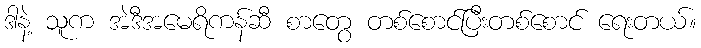
ဒါနဲ့ သူက အဲဒီအမေရိကန်ဆီ စာတွေ တစ်စောင်ပြီးတစ်စောင် ရေးတယ်။